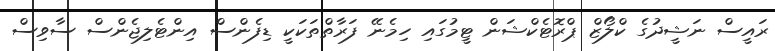
ރައީސް ނަޝީދުގެ ކްލޯޒް ޕްރޮޓެކްޝަން ޓީމުގައި ހިމެނޭ ފަރާތްތަކަކީ ޑިފެންސް އިންޓެލިޖެންސް ސާވިސް